65_HS1-834228961_62-HQ-83894_Section_7
Agency: FBI
Page 161
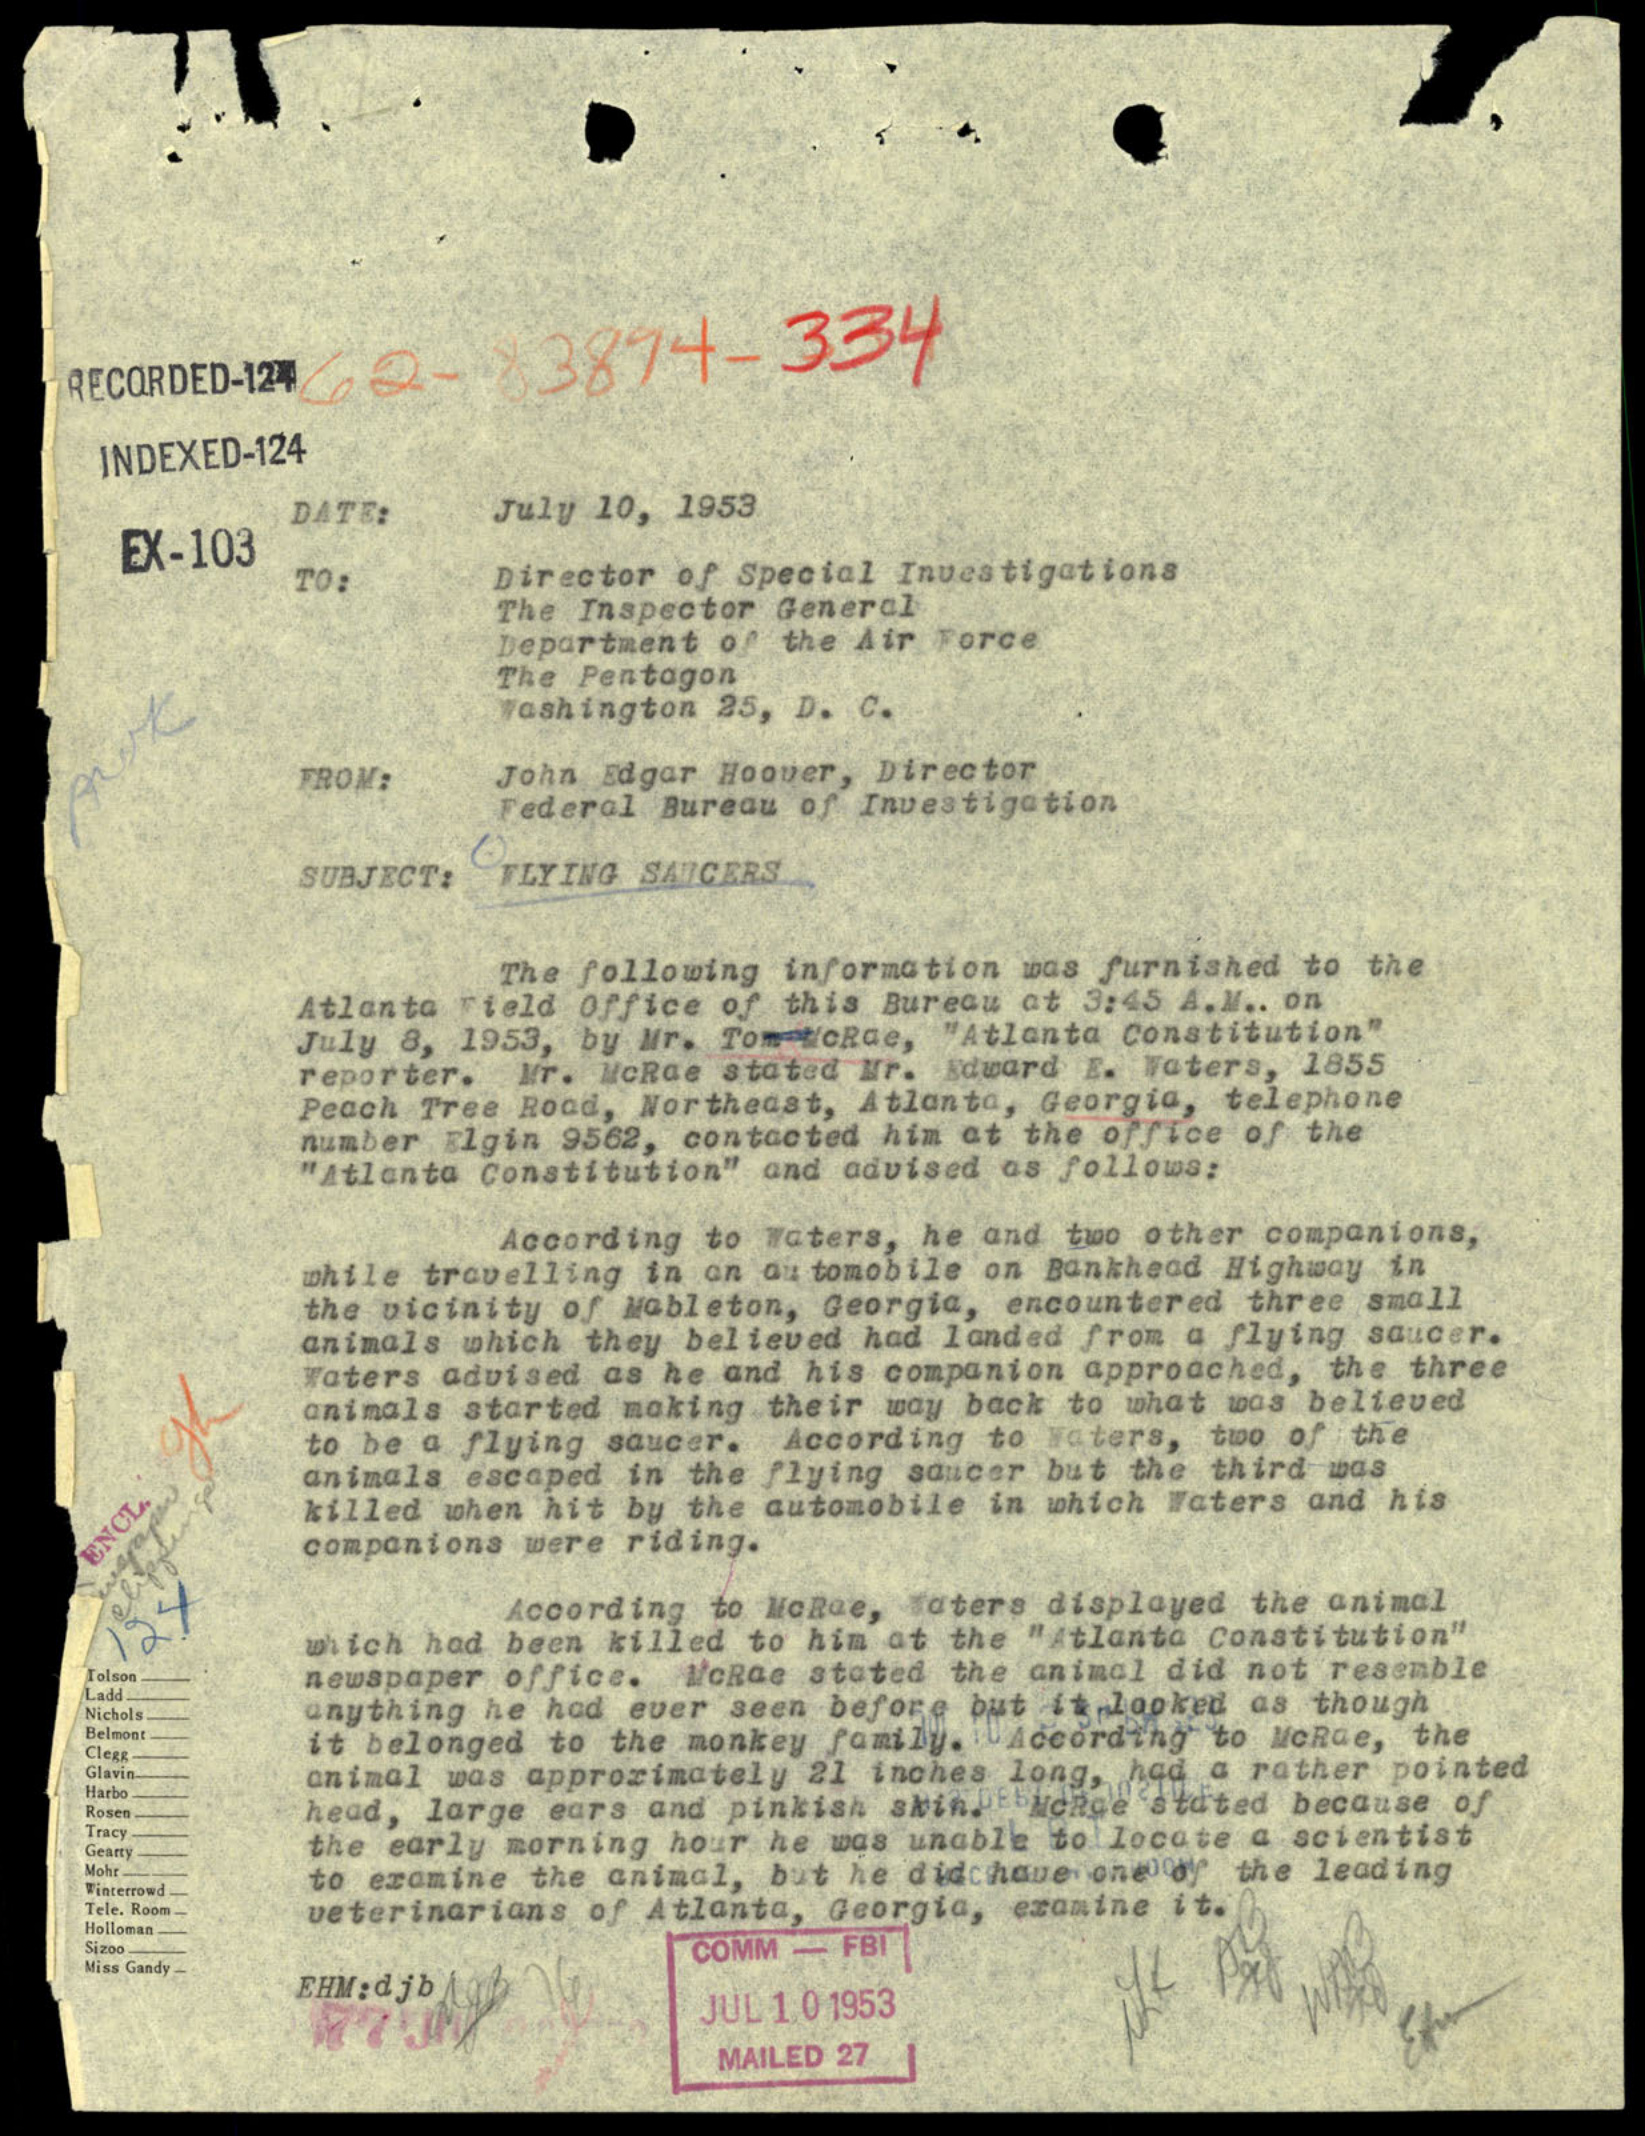